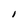
Character: I